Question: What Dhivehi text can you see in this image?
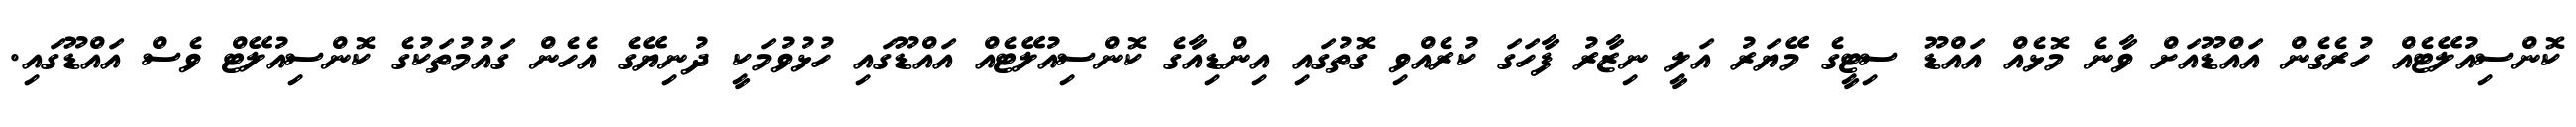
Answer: ކޮންސިއުލޭޓެއް ހުރެގެން އައްޑޫއަށް ވާނެ މޮޅެއް އައްޑޫ ސިޓީގެ މޭޔަރު އަލީ ނިޒާރު ފާހަގަ ކުރެއްވި ގޮތުގައި އިންޑިއާގެ ކޮންސިއުލޭޓެއް އައްޑޫގައި ހުޅުވުމަކީ ދުނިޔޭގެ އެހެން ގައުމުތަކުގެ ކޮންސިއުލޭޓް ވެސް އައްޑޫގައި.